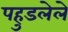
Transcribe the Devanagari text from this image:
पहुडलेले